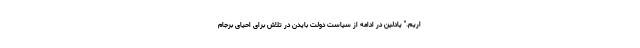
اریم." یادلین در ادامه از سیاست دولت بایدن در تلاش برای احیای برجام